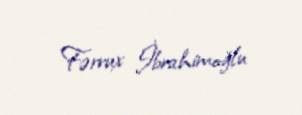
Fərrux İbrahimoğlu